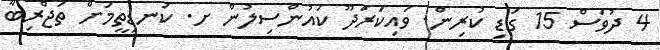
4 ދުވަސް 15 ގަޑި ކުރިން. ވައިކަރަދޫ ކައުންސިލުން ށ. ކަނޑިތީމަށް ތަޖްރިބާ